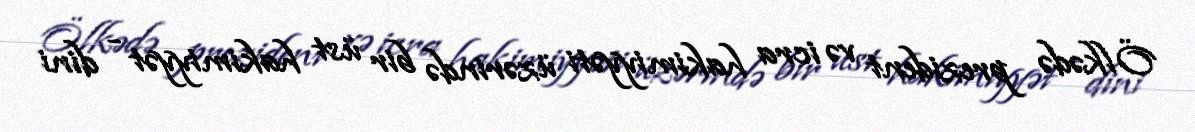
Ölkədə prezident və icra hakimiyyəti üzərində bir üst hakimiyyət - dini